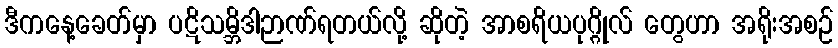
ဒီကနေ့ခေတ်မှာ ပဋိသမ္ဘိဒါဉာဏ်ရတယ်လို့ ဆိုတဲ့ အာစရိယပုဂ္ဂိုလ် တွေဟာ အရိုးအစဉ်